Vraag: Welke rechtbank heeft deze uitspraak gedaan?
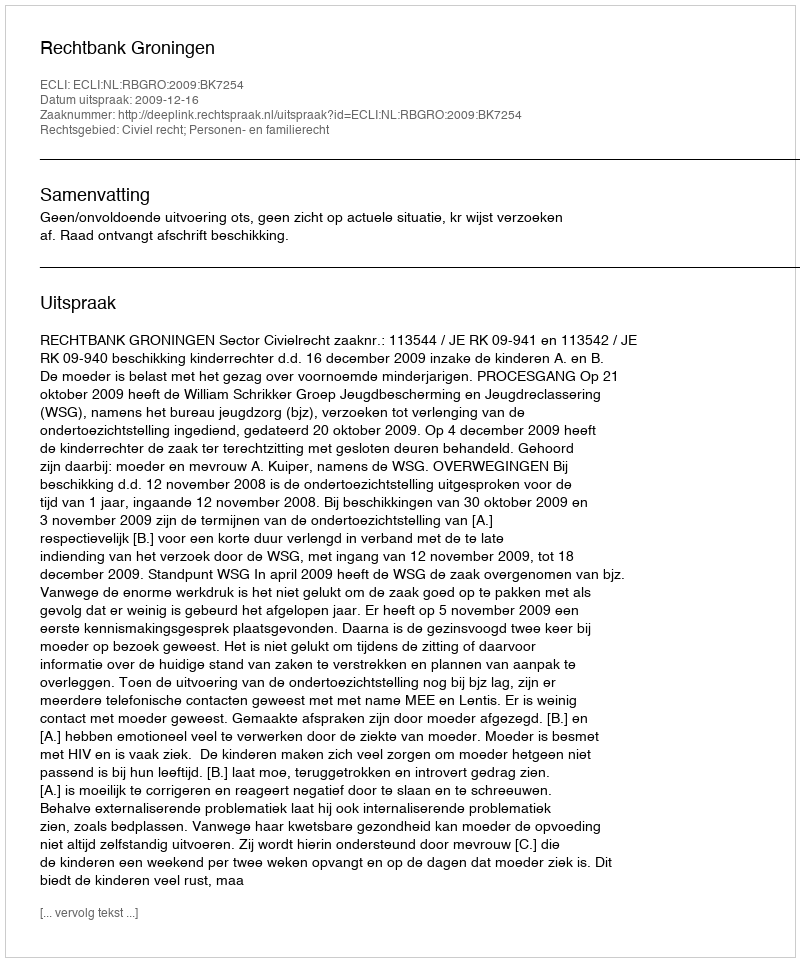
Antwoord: Rechtbank Groningen